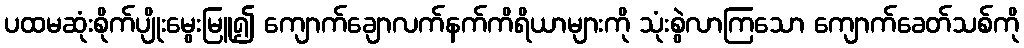
ပထမဆုံးစိုက်ပျိုးမွေးမြူ၍ ကျောက်ချောလက်နက်ကိရိယာများကို သုံးစွဲလာကြသော ကျောက်ခေတ်သစ်ကို